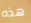
هذه